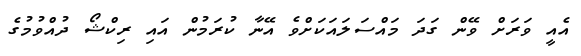
އެއީ ވަރަށް ވޭން ގަދަ މައްސަލައަކަށްވެ އޭނާ ކުރަމުން އައި ރިކްޝޯ ދުއްވުމުގެ